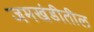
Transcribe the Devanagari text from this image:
जमखंडीतील